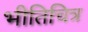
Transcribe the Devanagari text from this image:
भीतिचित्र